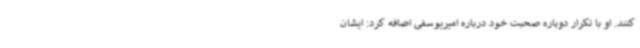
کنند. او با تکرار دوباره صحبت خود درباره امیریوسفی اضافه کرد: ایشان